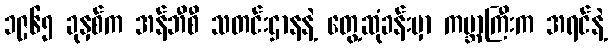
၁၉၆၅ ခုနှစ်က အန်ဘီစီ သတင်းဌာနနဲ့ တွေ့ဆုံခန်းမှာ ကမ္ဘာကြီးက အရင်နဲ့